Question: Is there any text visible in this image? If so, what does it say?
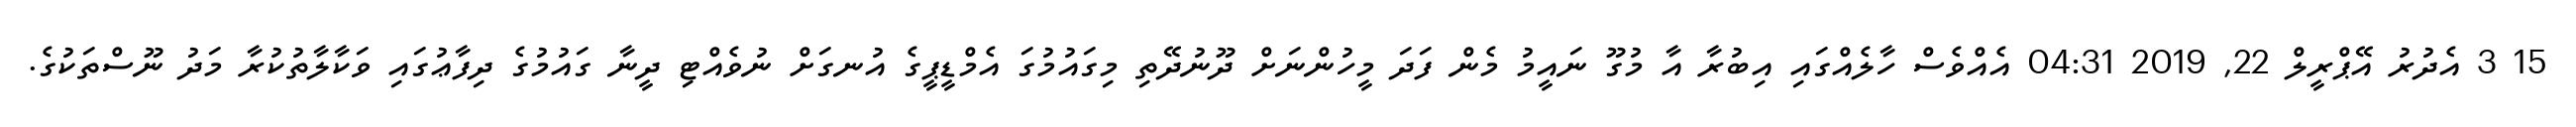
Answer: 15 3 އެދުރު އޭޕްރީލް 22, 2019 04:31 އެއްވެސް ހާލެއްގައި އިބުރާ އާ މުގޫ ނައީމު މެން ފަދަ މީހުންނަށް ދޫނުދޭތި މިގައުމުގަ އެމްޑީޕީގެ އުނގަށް ނުވެއްޓި ދީނާ ގައުމުގެ ދިފާޢުގައި ވަކާލާތުކުރާ މަދު ނޫސްތަކުގެ.